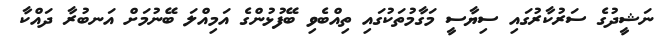
ނަޝީދުގެ ސަރުކާރުގައި ސިޔާސީ މަގާމުތަކުގައި ތިއްބެވި ބޭފުޅުންގެ އަމިއްލަ ބޭނުމަށް އަނބުރާ ދައްކާ